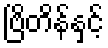
ဗြိတိန်နှင့်